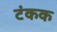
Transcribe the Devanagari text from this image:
टंकक